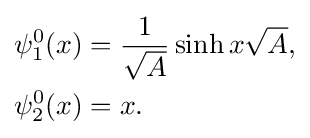
{\begin{aligned}&\psi _{1}^{0}(x)={\frac {1}{\sqrt {A}}}\sinh x{\sqrt {A}},\\&\psi _{2}^{0}(x)=x.\end{aligned}}